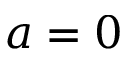
a = 0